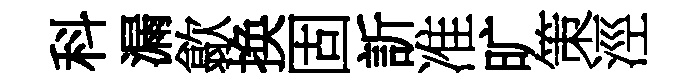
科漏歙换固訢准旷策涇